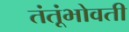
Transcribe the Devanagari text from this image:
तंतूंभोवती